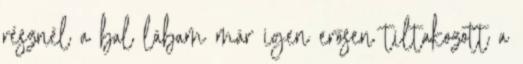
résznél a bal lábam már igen erősen tiltakozott a